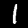
Label: 1